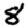
Digit: 8